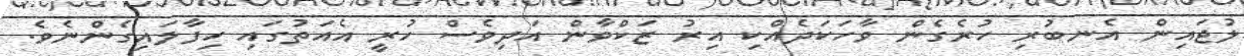
ލުޖައިން އެނބުރި ހުރެގެން ވާހަކަދެއްކި އިރު ޒަކްވާން އަދިވެސް ހުރީ އެއަތުގައި ހިފާލައިގެންނެވެ.